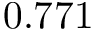
0 . 7 7 1